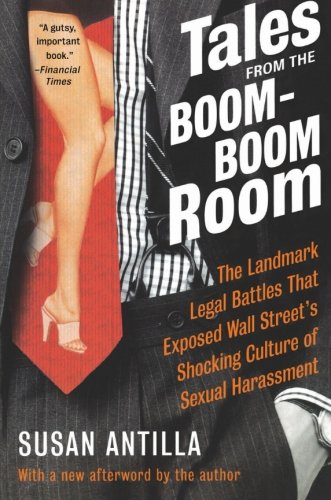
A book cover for Tales from the Boom-Boom Room; Susan Antilla; Law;